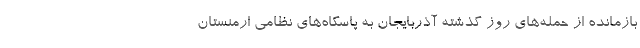
بازمانده از حمله‌های روز گذشته آذربایجان به پاسگاه‌های نظامی ارمنستان